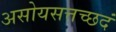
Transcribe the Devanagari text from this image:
असोयसत्तच्छदं